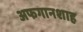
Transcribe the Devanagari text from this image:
अफगानशाह